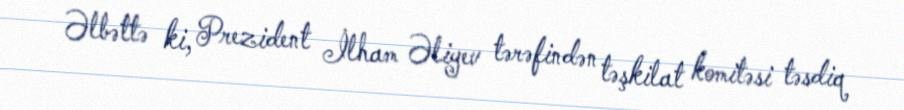
Əlbəttə ki, Prezident İlham Əliyev tərəfindən təşkilat komitəsi təsdiq